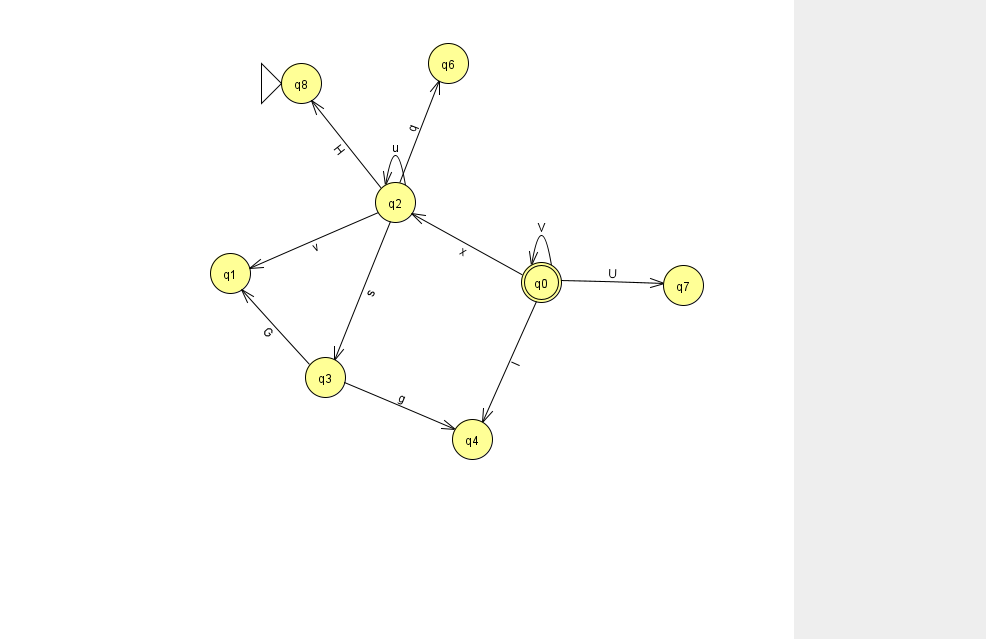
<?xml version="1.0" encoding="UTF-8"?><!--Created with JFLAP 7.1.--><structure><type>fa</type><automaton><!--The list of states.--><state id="0" name="q0"><x>541.0</x><y>269.0</y><final/></state><state id="1" name="q1"><x>230.0</x><y>260.0</y></state><state id="2" name="q2"><x>395.0</x><y>189.0</y></state><state id="3" name="q3"><x>325.0</x><y>364.0</y></state><state id="4" name="q4"><x>472.0</x><y>426.0</y></state><state id="6" name="q6"><x>448.0</x><y>50.0</y></state><state id="7" name="q7"><x>683.0</x><y>272.0</y></state><state id="8" name="q8"><x>301.0</x><y>70.0</y><initial/></state><!--The list of transitions.--><transition><from>2</from><to>3</to><read>s</read></transition><transition><from>2</from><to>2</to><read>u</read></transition><transition><from>0</from><to>0</to><read>V</read></transition><transition><from>0</from><to>4</to><read>I</read></transition><transition><from>0</from><to>2</to><read>x</read></transition><transition><from>0</from><to>7</to><read>U</read></transition><transition><from>2</from><to>1</to><read>v</read></transition><transition><from>2</from><to>6</to><read>q</read></transition><transition><from>3</from><to>4</to><read>g</read></transition><transition><from>2</from><to>8</to><read>H</read></transition><transition><from>3</from><to>1</to><read>G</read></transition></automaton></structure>